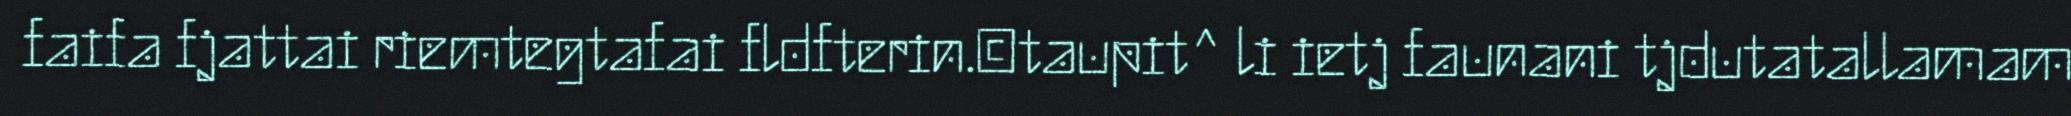
faifa fjattai riemtegtafai fldfterin.©taupit^ li ietj faunani tjdutatallamam